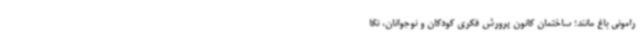
رامونی باغ مانند؛ ساختمان کانون پرورش فکری کودکان و نوجوانان، نگا